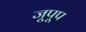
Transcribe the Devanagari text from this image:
जूपूप